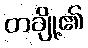
တချို့၏